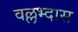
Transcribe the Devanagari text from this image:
वल्लभ्दास